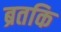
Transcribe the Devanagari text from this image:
ब्रतकि